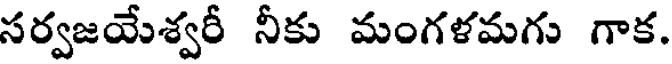
సర్వజయేశ్వరీ నీకు మంగళమగు గాక.